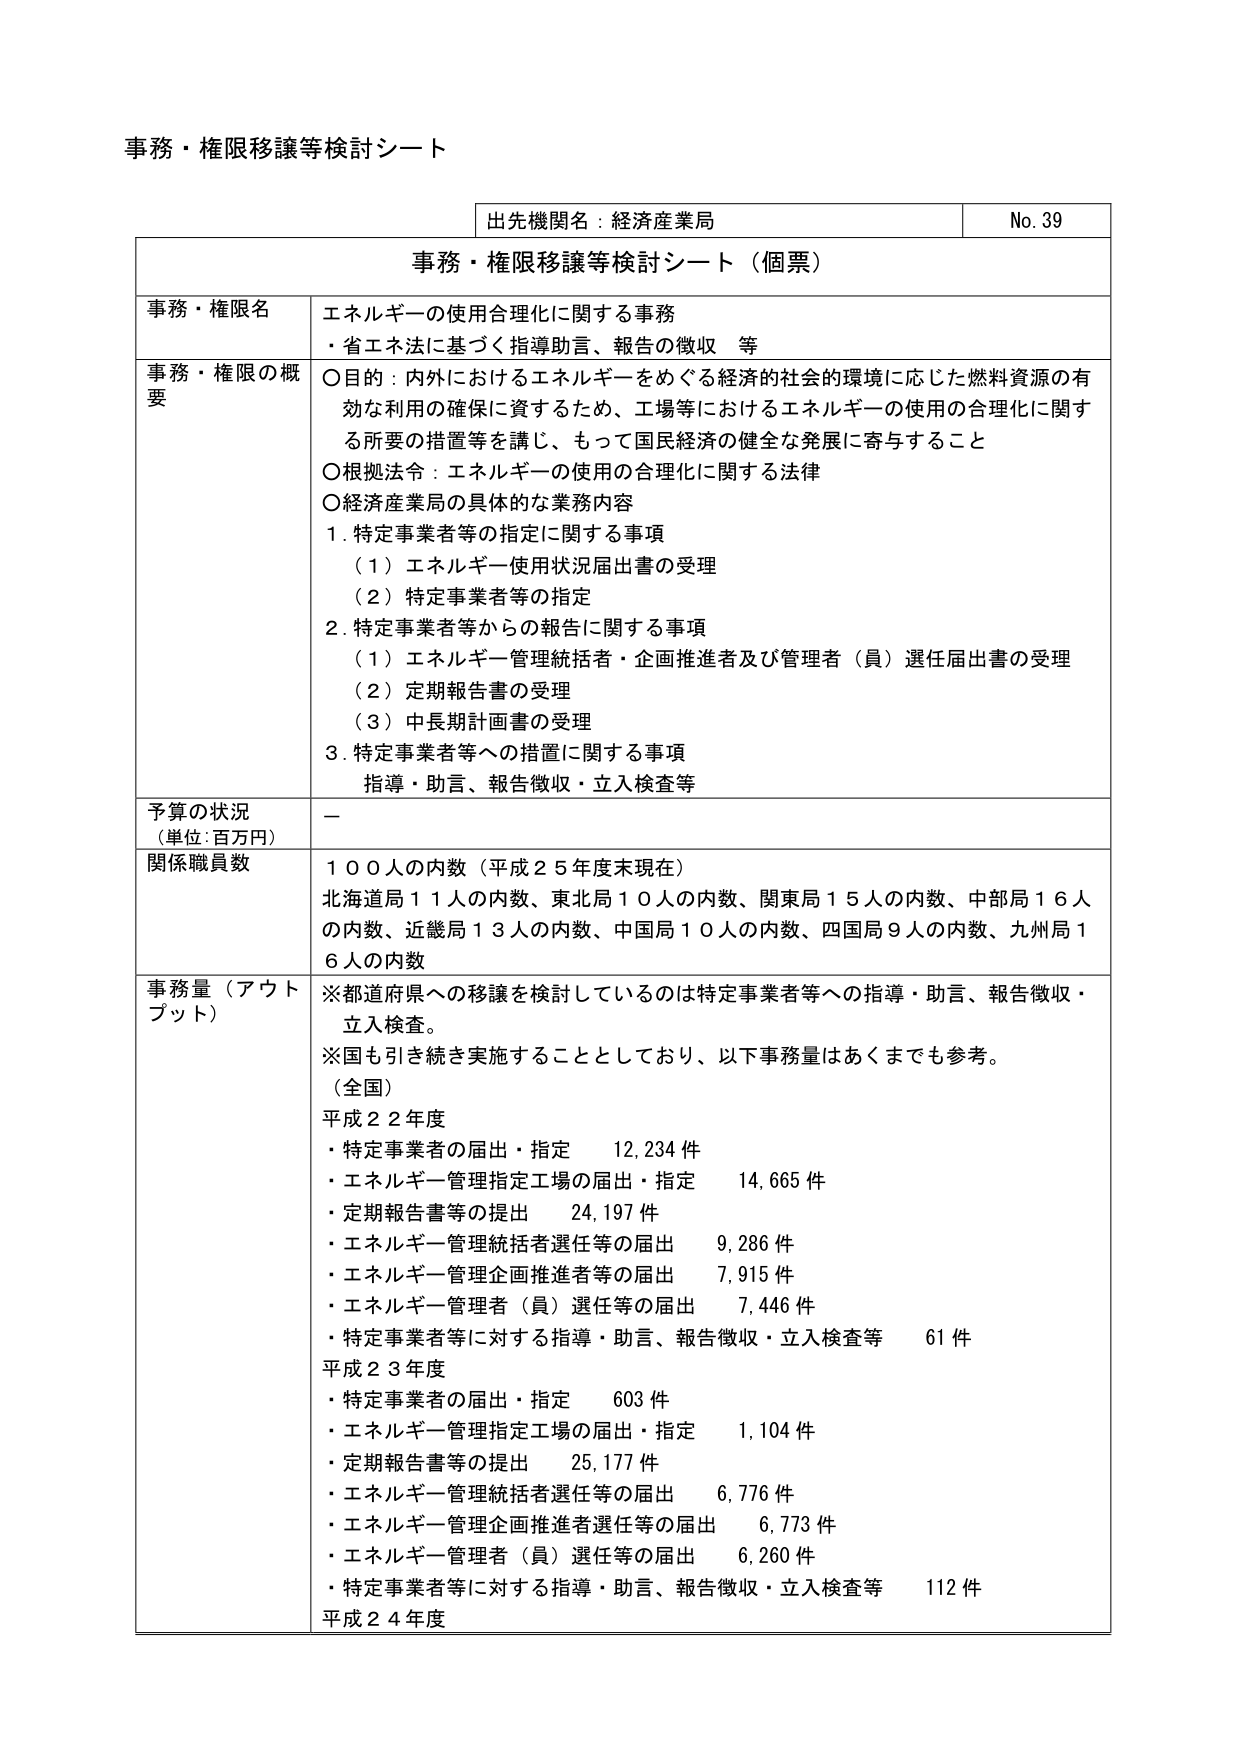
事務・権限移譲等検討シート

出先機関名：経済産業局　　　　　　　　　　　　　　　　　　　No. 39

事務・権限移譲等検討シート（個票）

事務・権限名　　エネルギーの使用合理化に関する事務
　　　　　　　　・省エネ法に基づく指導助言、報告の徴収　等

事務・権限の概要　○目的：内外におけるエネルギーをめぐる経済的・社会的環境に応じた燃料資源の有効な利用の確保に資するため、工場等におけるエネルギーの使用の合理化に関する所要の措置等を講じ、もって国民経済の健全な発展に寄与すること
　　　　　　　　○根拠法令：エネルギーの使用の合理化に関する法律
　　　　　　　　○経済産業局の具体的な業務内容
　　　　　　　　　1. 特定事業者等の指定に関する事項
　　　　　　　　　　（1）エネルギー使用状況届出書の受理
　　　　　　　　　　（2）特定事業者等の指定
　　　　　　　　　2. 特定事業者等からの報告に関する事項
　　　　　　　　　　（1）エネルギー管理統括者・企画推進者及び管理者（員）選任届出書の受理
　　　　　　　　　　（2）定期報告書の受理
　　　　　　　　　　（3）中長期計画書の受理
　　　　　　　　　3. 特定事業者等への措置に関する事項
　　　　　　　　　　指導・助言、報告徴収・立入検査等

予算の状況　　－
（単位：百万円）

関係職員数　　１００人の内数（平成２５年度末現在）
　　　　　　　北海道局１１人の内数、東北局１０人の内数、関東局１５人の内数、中部局１６人の内数、近畿局１３人の内数、中国局１０人の内数、四国局９人の内数、九州局１６人の内数

事務量（アウトプット）　※都道府県への移譲を検討しているのは特定事業者等への指導・助言、報告徴収・立入検査。
　　　　　　　　　　　　※国も引き続き実施することとしており、以下事務量はあくまでも参考。
　　　　　　　　　　　　（全国）
　　　　　　　　　　　　平成２２年度
　　　　　　　　　　　　・特定事業者の届出・指定　　12,234件
　　　　　　　　　　　　・エネルギー管理指定工場の届出・指定　　14,665件
　　　　　　　　　　　　・定期報告書等の提出　　24,197件
　　　　　　　　　　　　・エネルギー管理統括者選任等の届出　　9,286件
　　　　　　　　　　　　・エネルギー管理企画推進者等の届出　　7,915件
　　　　　　　　　　　　・エネルギー管理者（員）選任等の届出　　7,446件
　　　　　　　　　　　　・特定事業者等に対する指導・助言、報告徴収・立入検査等　　61件
　　　　　　　　　　　　平成２３年度
　　　　　　　　　　　　・特定事業者の届出・指定　　603件
　　　　　　　　　　　　・エネルギー管理指定工場の届出・指定　　1,104件
　　　　　　　　　　　　・定期報告書等の提出　　25,177件
　　　　　　　　　　　　・エネルギー管理統括者選任等の届出　　6,776件
　　　　　　　　　　　　・エネルギー管理企画推進者選任等の届出　　6,773件
　　　　　　　　　　　　・エネルギー管理者（員）選任等の届出　　6,260件
　　　　　　　　　　　　・特定事業者等に対する指導・助言、報告徴収・立入検査等　　112件
　　　　　　　　　　　　平成２４年度